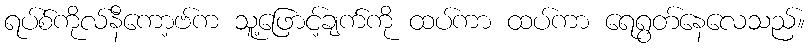
ရပ်စ်ကိုလ်နီကော့ဗ်က သူ့ဖြောင့်ချက်ကို ထပ်ကာ ထပ်ကာ ရေရွတ်နေလေသည်။